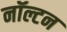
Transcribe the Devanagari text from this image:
नॉल्टन